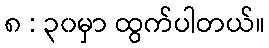
၈ : ၃၀မှာ ထွက်ပါတယ်။